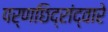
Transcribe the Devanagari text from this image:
पर्णछिद्रांद्वारे